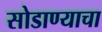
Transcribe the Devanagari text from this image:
सोडाण्याचा